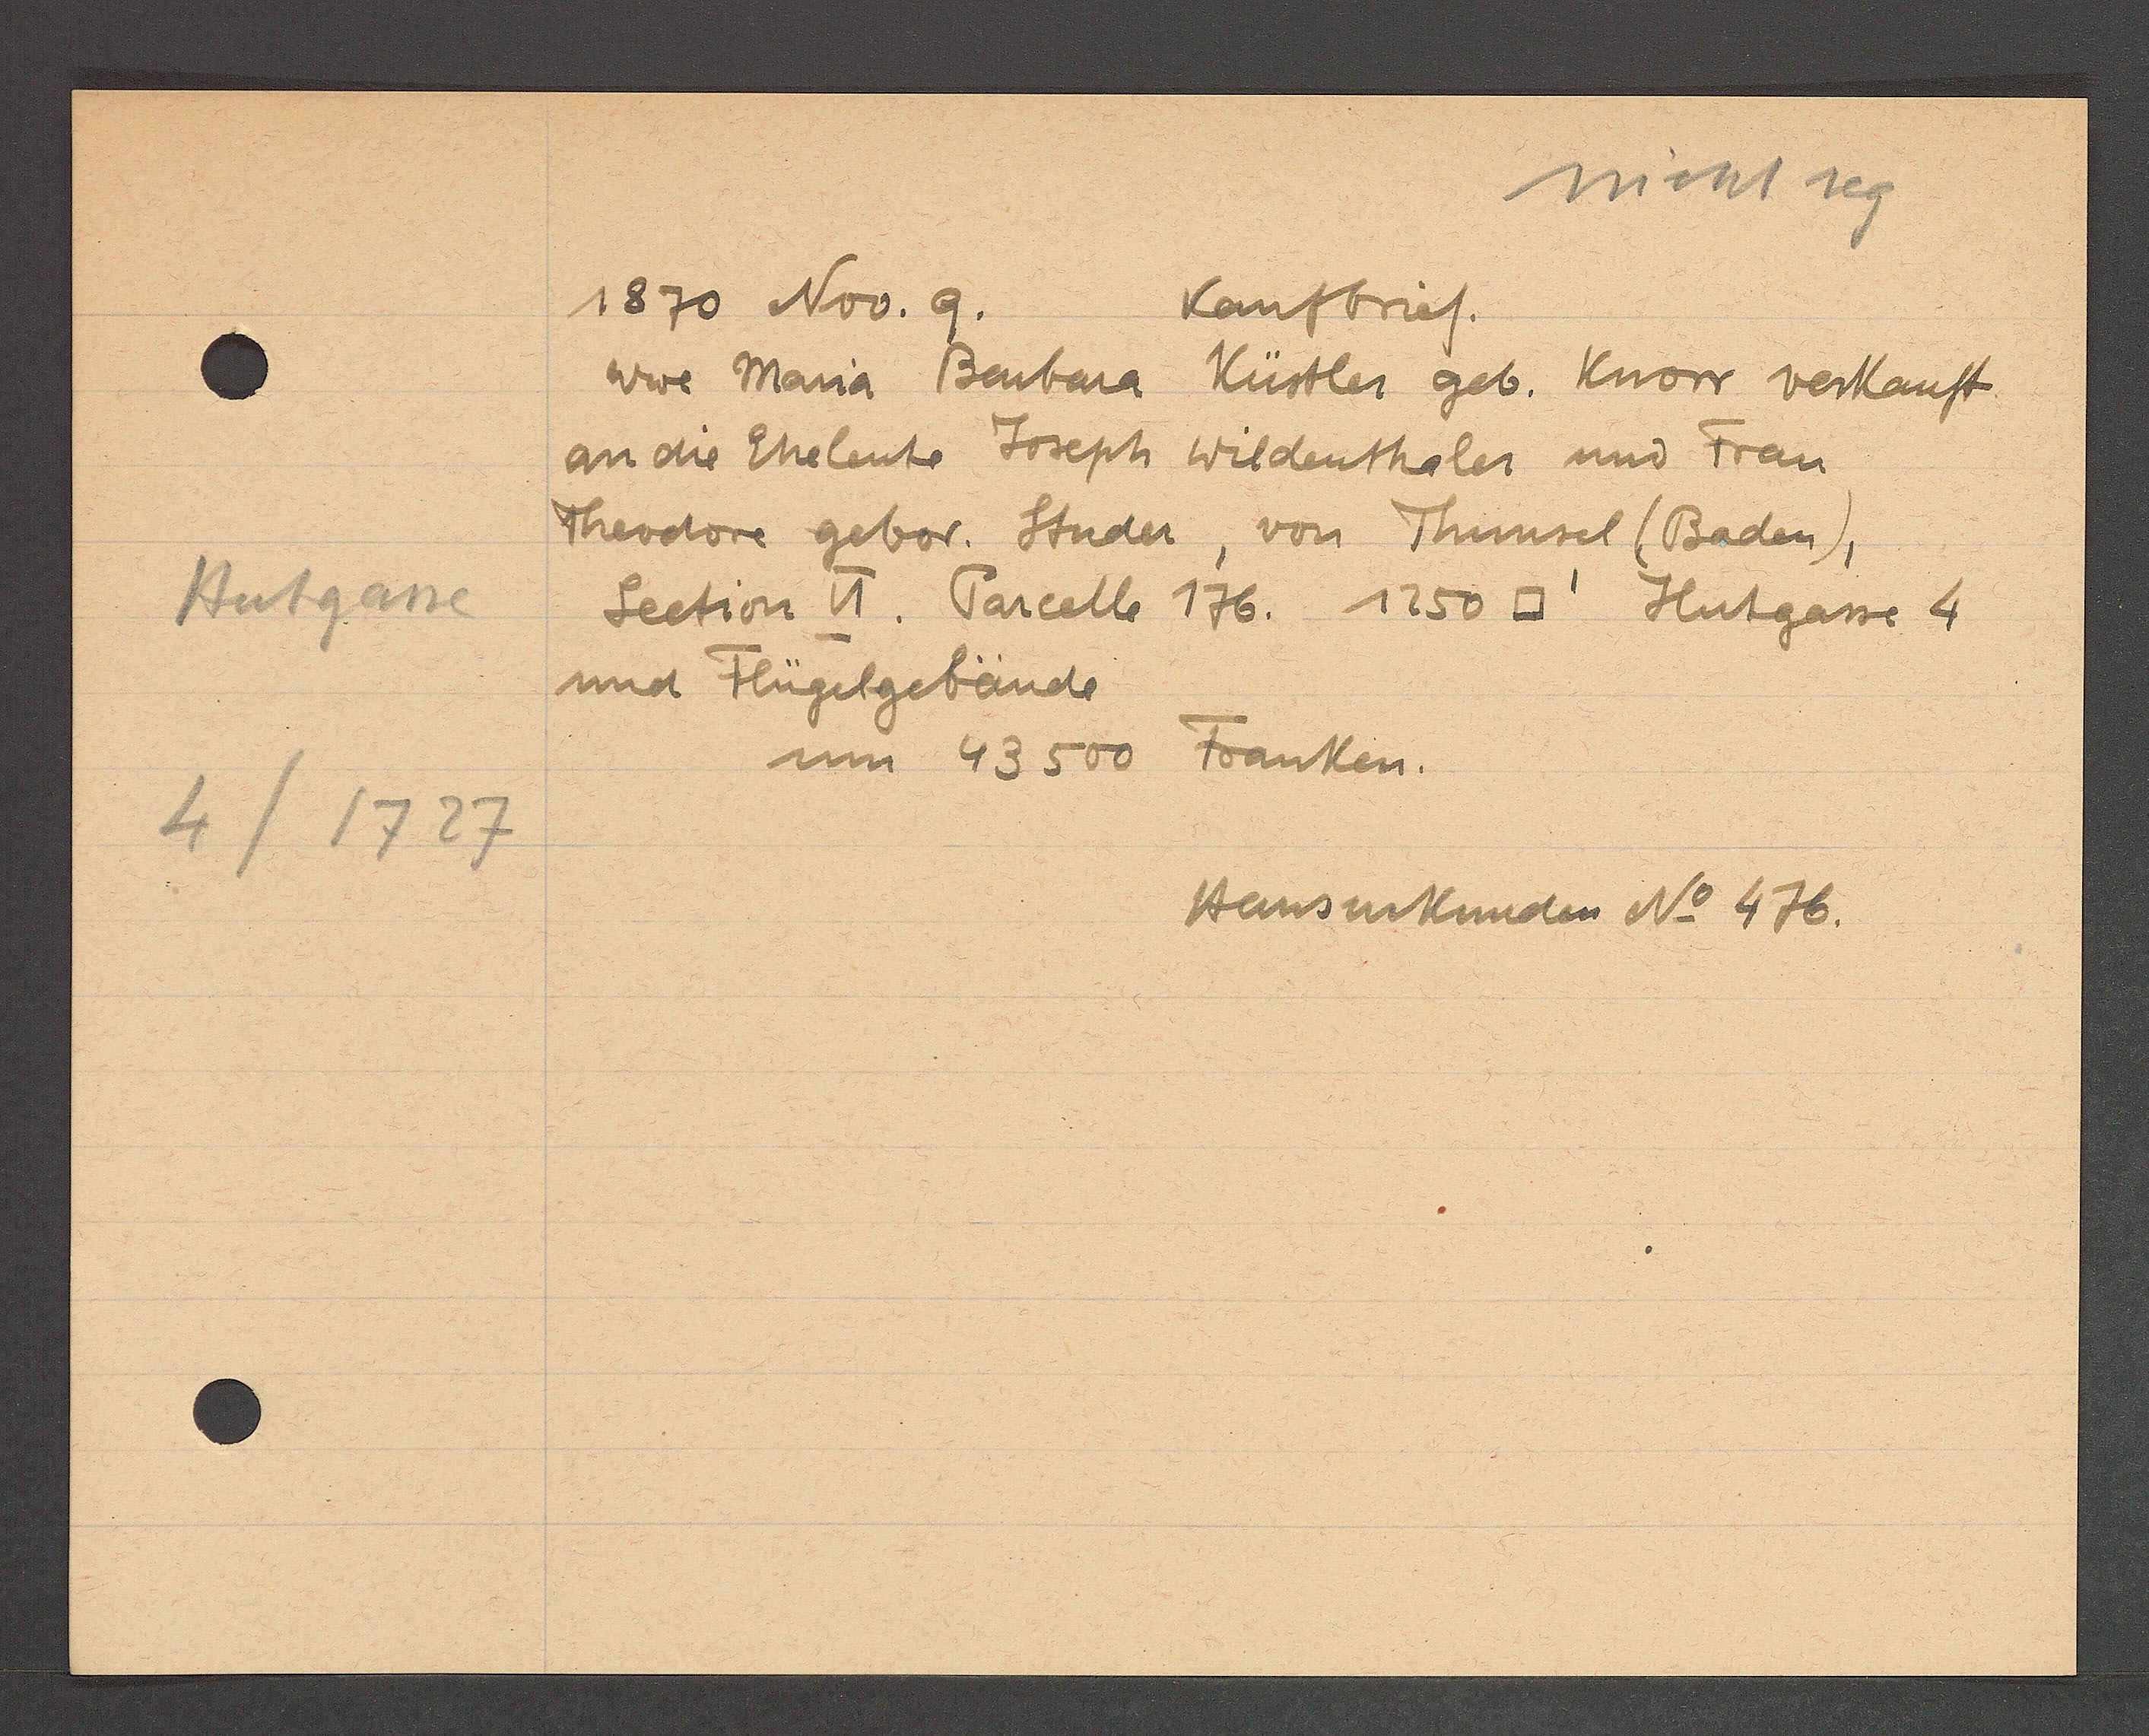
Transcript:
Hutgasse
4/1727

1870 Nov. 9.
Kaufbrief.

Wwe Maria Barbara Küstler geb. Knorr verkauft
an die Eheleute Joseph Wildenthaler und Frau
Theodore gebor. Studer, von Thunsel (Baden),
Section VI. Parcelle 176. 1250 □' Hutgasse 4
und Flügelgebäude
um 43500 Franken.

Hausurkunden No 476.